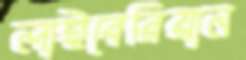
লাইবেরিয়ান